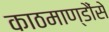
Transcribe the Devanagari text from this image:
काठमाण्डौंसे